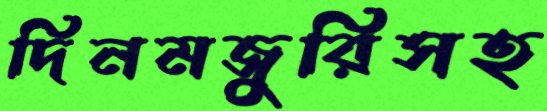
দিনমজুরিসহ